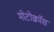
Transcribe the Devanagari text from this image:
मोटोक्राॅस